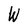
Character: W